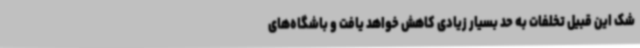
شک این قبیل تخلفات به حد بسیار زیادی کاهش خواهد یافت و باشگاه‌های